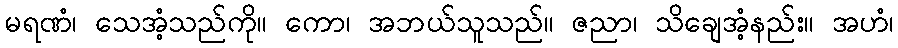
မရဏံ၊ သေအံ့သည်ကို။ ကော၊ အဘယ်သူသည်။ ဇညာ၊ သိချေအံ့နည်း။ အဟံ၊